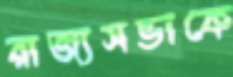
রাজ্যসভাকে